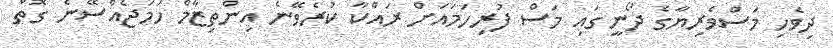
ދިވެހި މަސްވެރިޔާގެ ދޯނީގައި މަސް ފުރިހަމައަށް ރައްކާ ކުރެވޭނެ އިންތިޒާމް ހަމަޖެއްސޭނެ ގޮތް